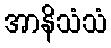
အာနိသံသံ